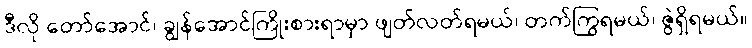
ဒီလို တော်အောင်၊ ချွန်အောင်ကြိုးစားရာမှာ ဖျတ်လတ်ရမယ်၊ တက်ကြွရမယ်၊ ဇွဲရှိရမယ်။